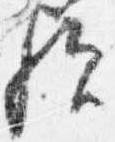
歟